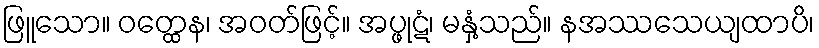
ဖြူသော။ ဝတ္ထေန၊ အဝတ်ဖြင့်။ အပ္ဖုဋံ၊ မနှံ့သည်။ နအဿသေယျထာပိ၊